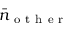
\bar { n } _ { \mathrm { ~ o ~ t ~ h ~ e ~ r ~ } }